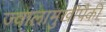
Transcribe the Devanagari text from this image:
ज्वालामुखींपैकी